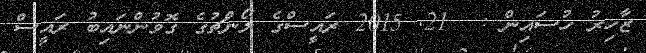
ޒާހިރު ހުސައިން :  21